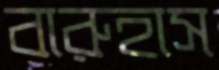
বারুহাস